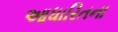
આધારિતના